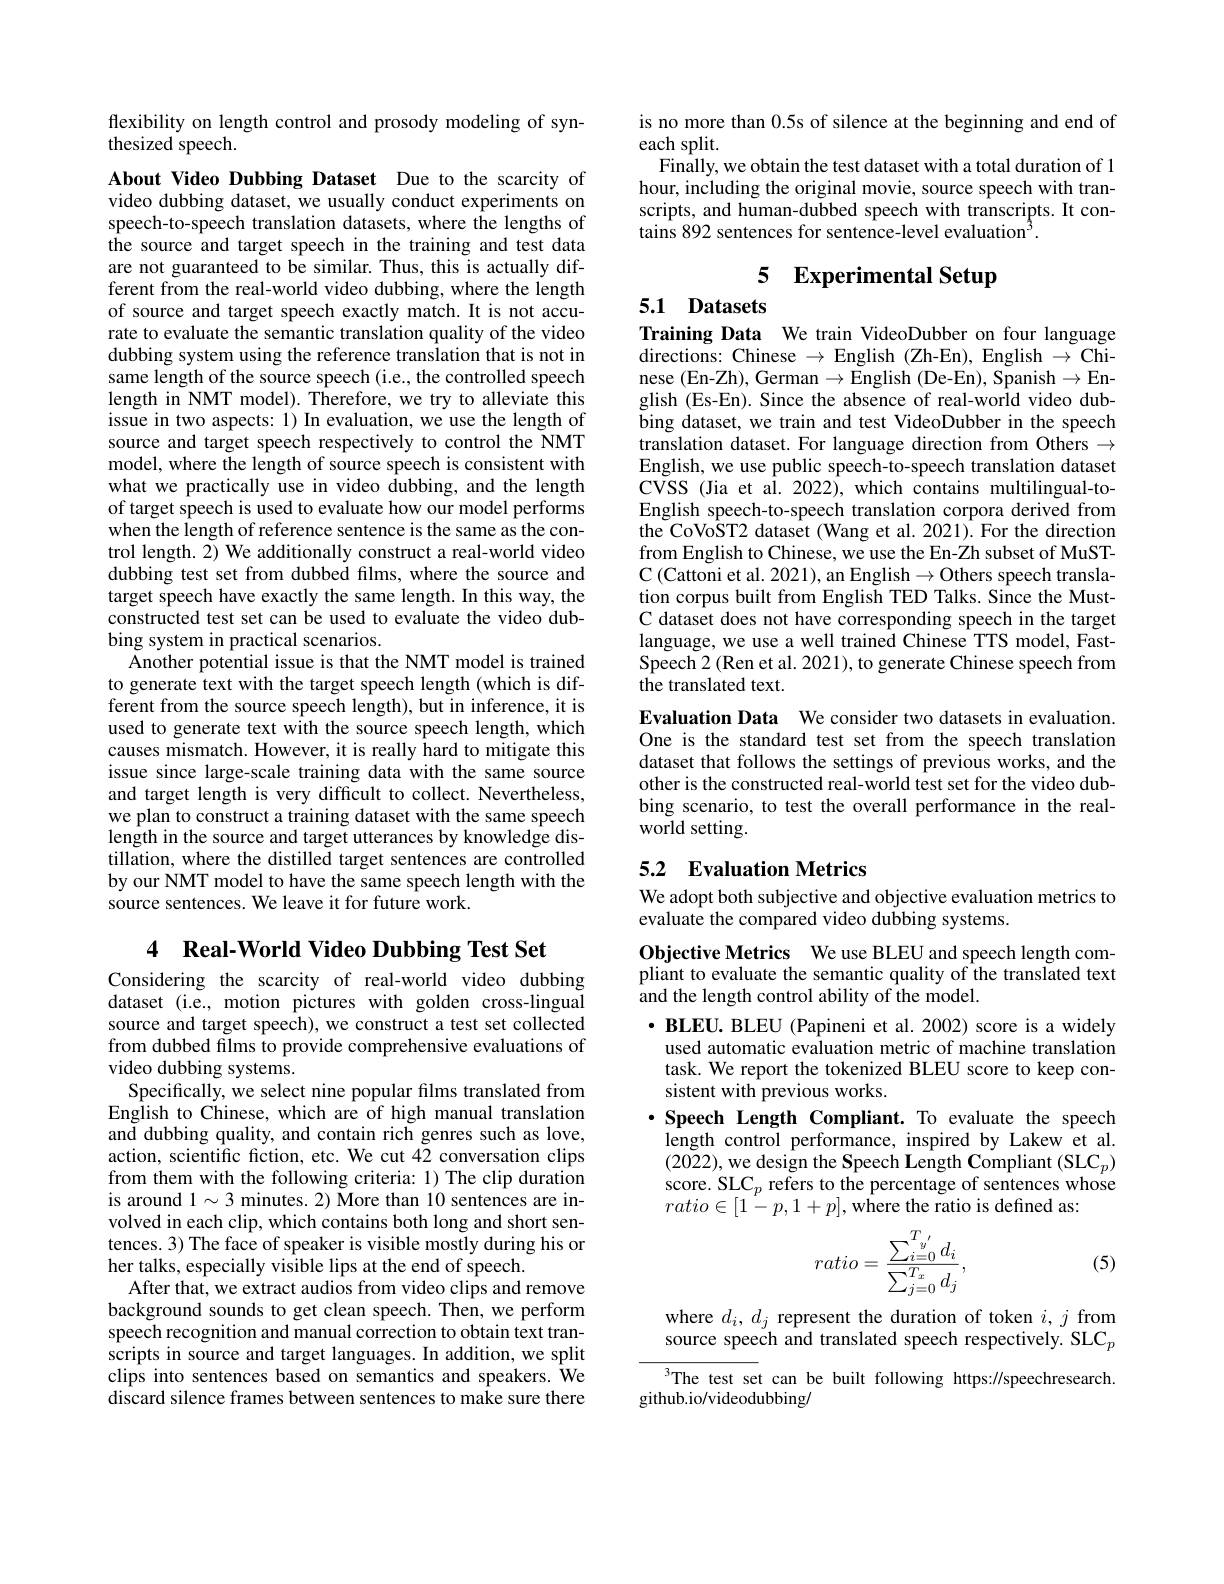
flexibility on length control and prosody modeling of syn-
thesized speech.

About Video Dubbing Dataset Due to the scarcity of video dubbing dataset, we usually conduct experiments on speech-to-speech translation datasets, where the lengths of the source and target speech in the training and test data are not guaranteed to be similar. Thus, this is actually different from the real-world video dubbing, where the length of source and target speech exactly match.It is not accurate to evaluate the semantic translation quality of the video dubbing system using the reference translation that is not in same length of the source speech (i.e., the controlled speech length in NMT model). Therefore, we try to alleviate this issue in two aspects: 1) In evaluation, we use the length of source and target speech respectively to control the NMT model, where the length of source speech is consistent with what we practically use in video dubbing, and the length of target speech is used to evaluate how our model performs when the length of reference sentence is the same as the control length. $\tilde{2})$ We additionally construct a real-world video dubbing test set from dubbed films, where the source and target speech have exactly the same length. In this way, the constructed test set can be used to evaluate the video dubbing system in practical scenarios.
Another potential issue is that the NMT model is trained to generate text with the target speech length (which is different from the source speech length), but in inference, it is used to generate text with the source speech length, which causes mismatch. However, it is really hard to mitigate this issue since large-scale training data with the same source and target length is very difficult to collect. Nevertheless, we plan to construct a training dataset with the same speech length in the source and target utterances by knowledge distillation, where the distilled target sentences are controlled by our NMT model to have the same speech length with the source sentences. We leave it for future work.

4 Real-World Video Dubbing Test Set

Considering the scarcity of real-world video dubbing dataset (i.e., motion pictures with golden cross-lingual source and target speech), we construct a test set collected from dubbed films to provide comprehensive evaluations of video dubbing systems.
Specifically, we select nine popular films translated from English to Chinese, which are of high manual translation and dubbing quality, and contain rich genres such as love, action, scientific fiction, etc. We cut 42 conversation clips from them with the following criteria: 1) The clip duration is around $1\sim3$ minutes. 2) Wore than 10 sentences are involved in each clip, which contains both long and short sentences. 3) The face of speaker is visible mostly during his or her talks, especially visible lips at the end of speech.
After that, we extract audios from video clips and remove background sounds to get clean speech. Then, we perform speech recognition and manual correction to obtain text transcripts in source and target languages. In addition, we split clips into sentences based on semantics and speakers. We discard silence frames between sentences to make sure there

is no more than 0.5s of silence at the beginning and end of
each split.
Finally, we obtain the test dataset with a total duration of 1 hour, including the original movie, source speech with transcripts, and human-dubbed speech with transcripts. It contains 892 sentences for sentence-level evaluation$^3.$

# 5 Experimental Setup

5.1 Datasets
Training Data We train VideoDubber on four language

directions: Chinese $\to$ English (Zh-En), English $\to$ Chinese (En-Zh), German $\to$English (De-En), Spanish$\to$English (Es-En). Since the absence of real-world video dubbing dataset, we train and test VideoDubber in the speech translation dataset. For language direction from Others $\to$ English, we use public speech-to-speech translation dataset CVSS (Jia et al. 2022), which contains multilingual-toEnglish speech-to-speech translation corpora derived from the CoVoST2 dataset (Wang et al. 2021). For the direction from English to Chinese, we use the En-Zh subset of MuSTC$\left ( \mathrmCattoni~et~al. ~2021\right ) $,an English$\to$Others speech translation corpus built from English TED Talks. Since the MustC dataset does not have corresponding speech in the target language, we use a well trained Chinese TTS model, FastSpeech 2 (Ren et al. 2021), to generate Chinese speech from the translated text.
Evaluation Data We consider two datasets in evaluation. One is the standard test set from the speech translation dataset that follows the settings of previous works, and the other is the constructed real-world test set for the video dubbing scenario, to test the overall performance in the realworld setting.

## 5.2 Evaluation Metrics

We adopt both subjective and objective evaluation metrics to
evaluate the compared video dubbing systems.

Objective Metrics We use BLEU and speech length compliant to evaluate the semantic quality of the translated text and the length control ability of the model.
$\cdot \textbf{ BLEU. BLEU ( Papineni et al. 2002) score is a widely}$
used automatic evaluation metric of machine translation task. We report the tokenized BLEU score to keep consistent with previous works.
$\cdot$ Speech Length Compliant. To evaluate the speech length control performance, inspired by Lakew et al. (2022), we design the Speech Length Compliant (SLC$_p)$ score. SLC$_p$ refers to the percentage of sentences whose $ratio\in[1^{'}-p,1+p],\tilde{\text{where the ratio is defined as:}}$
$$ratio=\frac{\sum_{i=0}^{T_{y^{'}}}d_i}{\sum_{j=0}^{T_x}d_j},$$
(5)

where $d_i,d_j$ represent the duration of token $i,j$ from source speech and translated speech respectively. SLC$_p$

${}^{3}$The test set can be built following https://speechresearch.
github.io/videodubbing/